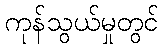
ကုန်သွယ်မှုတွင်